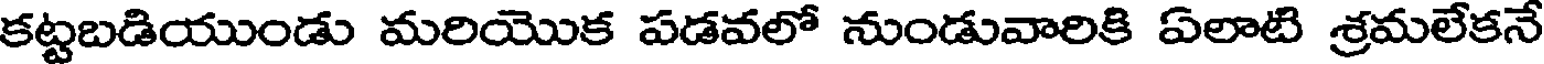
కట్టబడియుండు మరియొక పడవలో నుండువారికి ఏలాటి శ్రమలేకనే